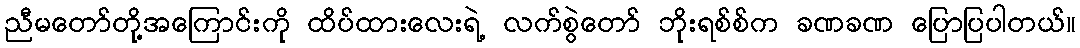
ညီမတော်တို့အကြောင်းကို ထိပ်ထားလေးရဲ့ လက်စွဲတော် ဘိုးရစ်စ်က ခဏခဏ ပြောပြပါတယ်။